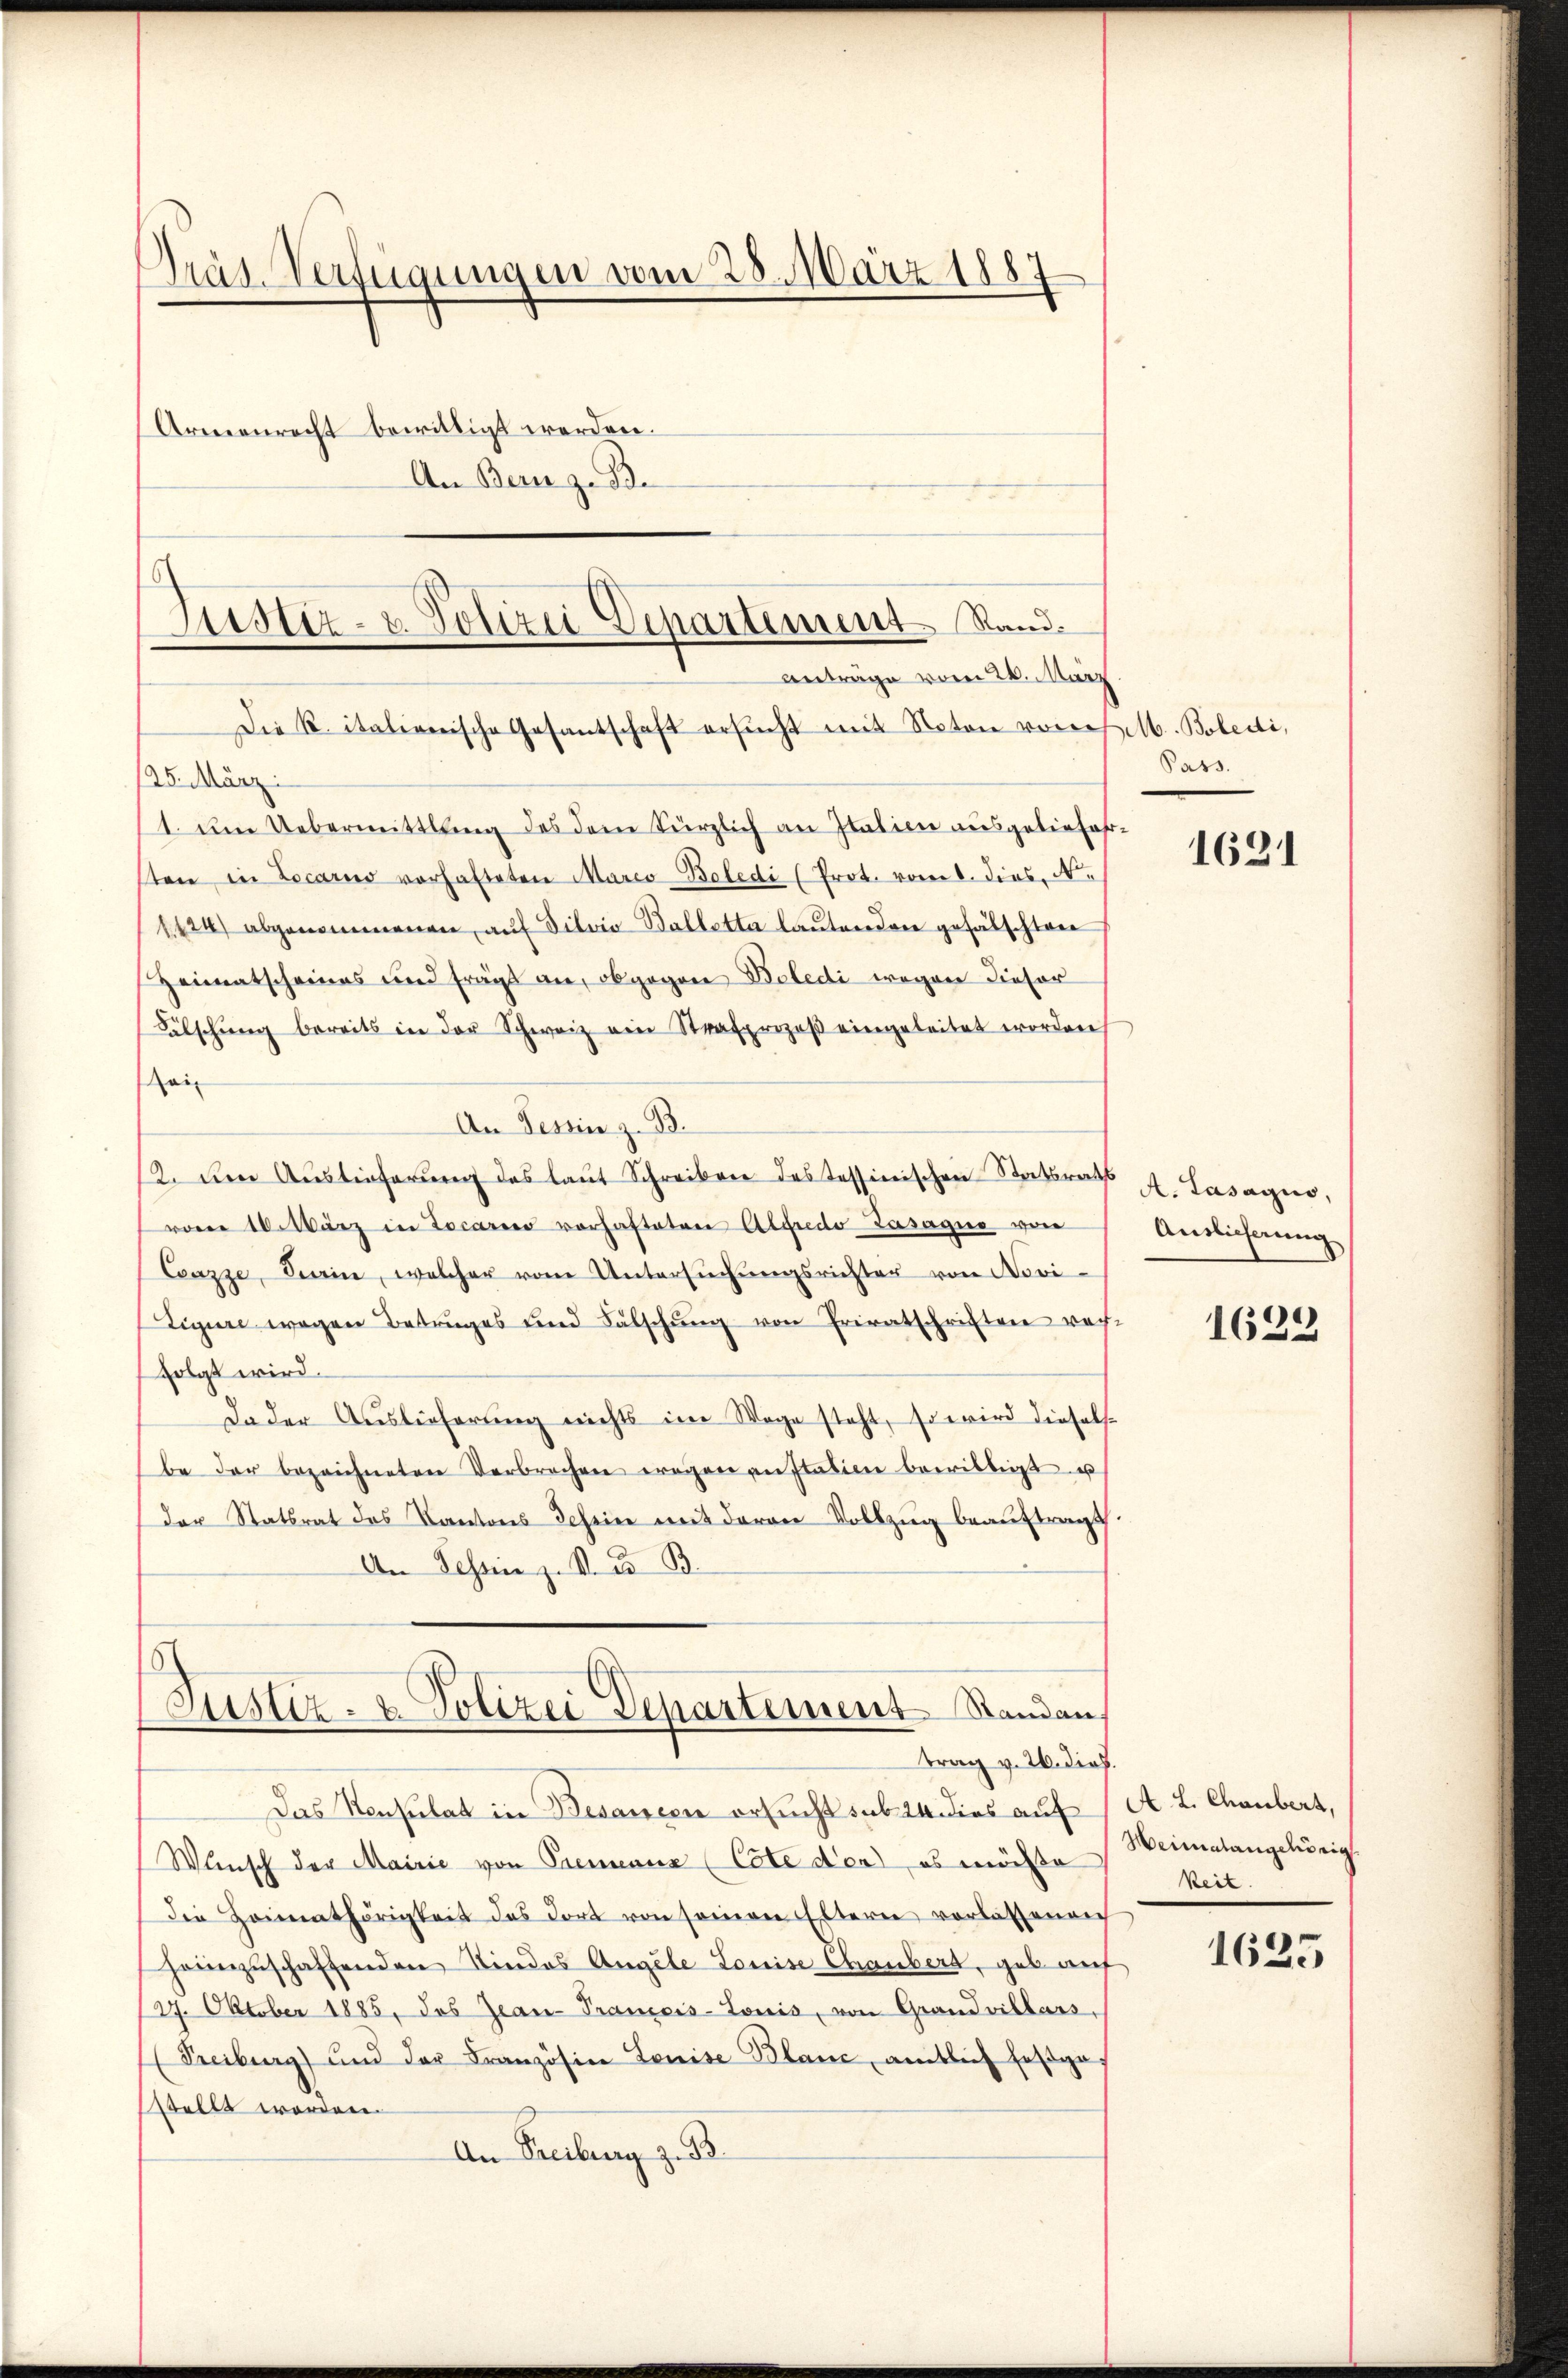
Präs. Verfügungen vom 28. März 1887
Armenrecht bewilligt werden.
An Bern zu Be

Justiz- u. Polizei Departement Rand.
Anträge vom 24. März
Die K. italienische Gesantschaft ersŭcht mit Naton von M. Boledi,

125. März.
1. um Uebermittlung des dem kürzlich an Italien ausgeliefersten in Locario vorhalteten Marco-Boledi (Prot. vom 1. dies N.
1424) abgenommenen auf Dilvia Balletta lautenden gefälschten
Heimatscheines und frägt an, obgegen Beledi wegen dieser
Fälschŭng bereits in der Schweiz ein Strafprozeβ eingeleitet worden
ai
An Tessin z. B.
2. Den Aŭstieferŭng des laŭt Schreiben des Tessinischen Staatsrecht
v 10. März in Locario vorhafteten Alfredo Gasagio von
Cenzze, Sain, welcher vom Untersŭchŭngsrichter von Novi-
Tigure wegen Betruges und Fälschŭng von Privatschriften rach.
folgt wird.
da der Auslieferung nichts im Wege steht, so wird diesels
be der bezeichneten Verbrechen wegen anstalien bewilligt u
der Statsrat des Kantons Schein mit deren Vollzug beauftragt
An Tessinn z. B. C. B
Justiz- & Polizei Departement Standen,
trag v. 26. dies.
Das Konsulat in Besancen ersucht sub 24 dies auf
Wunsch der Mairie von Premenne (Cote der es möchte
die Heimathörigkeit des dort von seinen Eltern vorlassenen
heimzuschaffenden Sindos Angele Louise Chaubert, gab auf
27. Oktober 1885, das Jean-Prancis-Louis, von Grand villars,
Freiburg) und der Französine Louise Blanc, amtlich festga-
stellt worden.
An Freiburg z. B.

Pass.

1631

A. Lasagio,
Auslicherung

1622

A. L. Chaubert,
Heimalangehörig
keit.

1625